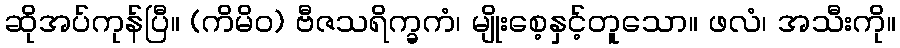
ဆိုအပ်ကုန်ပြီ။ (ကိမိဝ) ဗီဇသရိက္ခကံ၊ မျိုးစေ့နှင့်တူသော။ ဖလံ၊ အသီးကို။